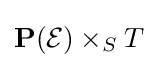
\mathbf {P} ({\mathcal {E}})\times _{S}T